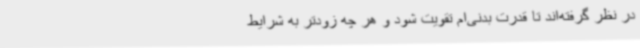
در نظر گرفته‌اند تا قدرت بدنی‌ام تقویت شود و هر چه زودتر به شرایط